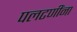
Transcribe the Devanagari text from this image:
पलटणींना